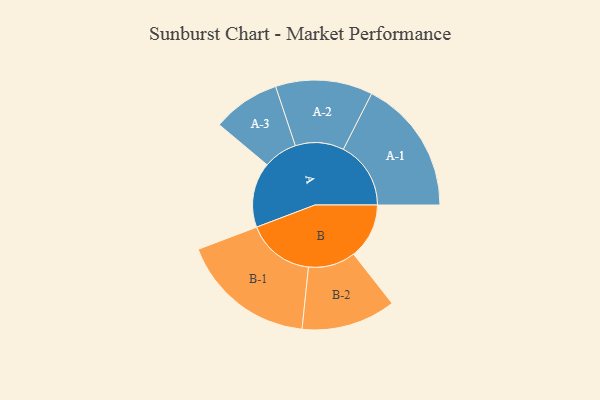
{"axis": {"x": "Segment", "y": "Value"}, "legend": ["", "A", "B"], "data": [{"x": "A", "y": 288, "type": ""}, {"x": "B", "y": 246, "type": ""}, {"x": "A-1", "y": 299, "type": "A"}, {"x": "A-2", "y": 215, "type": "A"}, {"x": "A-3", "y": 150, "type": "A"}, {"x": "B-1", "y": 300, "type": "B"}, {"x": "B-2", "y": 209, "type": "B"}]}